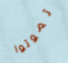
تموتوا